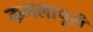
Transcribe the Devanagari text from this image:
कमलापूरी